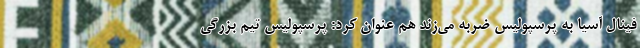
فینال آسیا به پرسپولیس ضربه می‌زند هم عنوان کرد: پرسپولیس تیم بزرگی